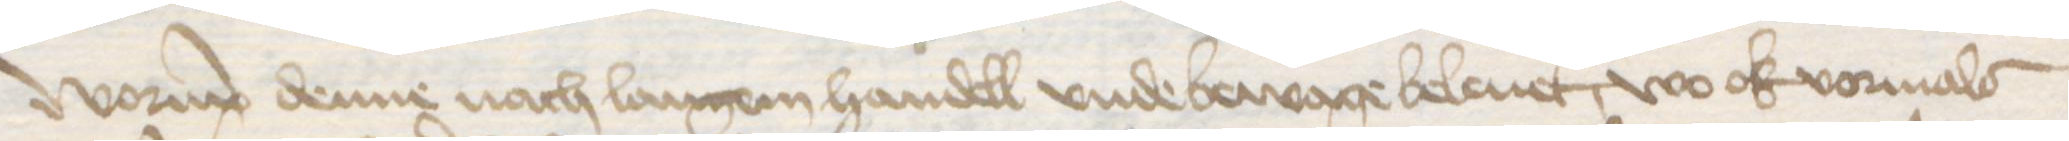
Worup denne nach langem handell vnde bewage beleuet, wo ok vormals